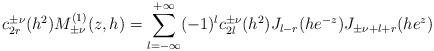
LaTeX: \begin{align*}c^{\pm\nu}_{2r}(h^2) M^{(1)}_{\pm\nu}(z,h)=\sum^{+\infty}_{l=-\infty}(-1)^lc^{\pm\nu}_{2l}(h^2)J_{l-r}(he^{-z})J_{\pm\nu+l+r}(he^{z})\end{align*}